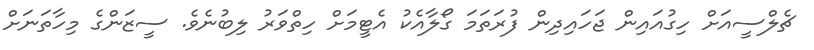
ޗެލްސީއަށް ހިގުއައިން ޖަހައިދިން ފުރަތަމަ ގޯލާއެކު އެޓީމަށް ހިތްވަރު ލިބުނެވެ. ސީޒަންގެ މިހާތަނަށް